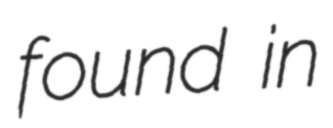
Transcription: found in